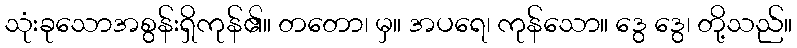
သုံးခုသောအစွန်းရှိကုန်၏။ တတော၊ မှ။ အပရေ၊ ကုန်သော။ ဒွေ ဒွေ၊ တို့သည်။